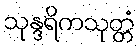
သုန္ဒရိကသုတ္တံ